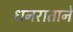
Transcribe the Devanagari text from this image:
धनराताने